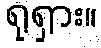
ရုရှား။